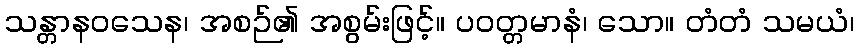
သန္တာနဝသေန၊ အစဉ်၏ အစွမ်းဖြင့်။ ပဝတ္တမာနံ၊ သော။ တံတံ သမယံ၊